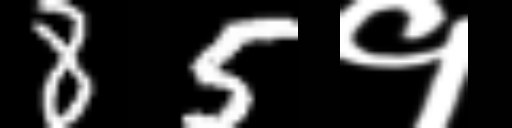
Text: 85१